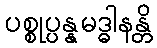
ပစ္စုပ္ပန္နမဒ္ဓါနန္တိ